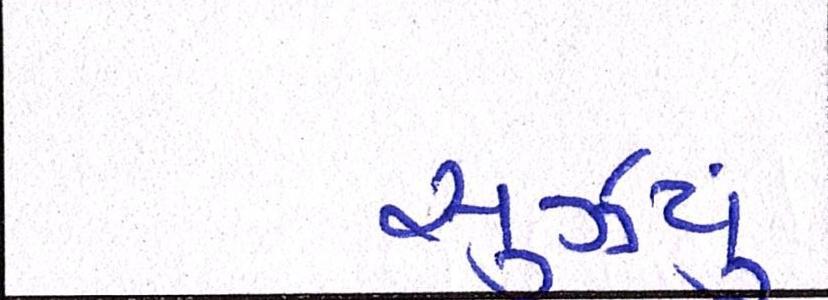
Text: સુઝયું